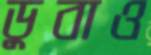
ডুবাও